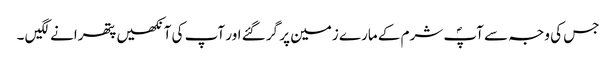
جس کی وجہ سے آپؐ شرم کے مارے زمین پر گر گئے اور آپ کی آنکھیں پتھرانے لگیں ۔